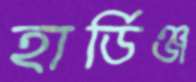
হার্ডিঞ্জ